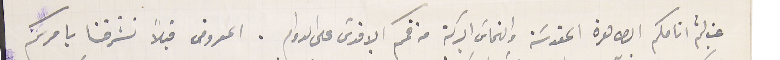
غب لثم انامكم الطاهرة المقدسَة والتماسَ البركة من فمكم الاقدسَ على الدوام. المعروض قبلاً تشرفنا بامركم